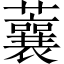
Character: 蘘